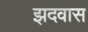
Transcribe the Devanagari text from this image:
झदवास